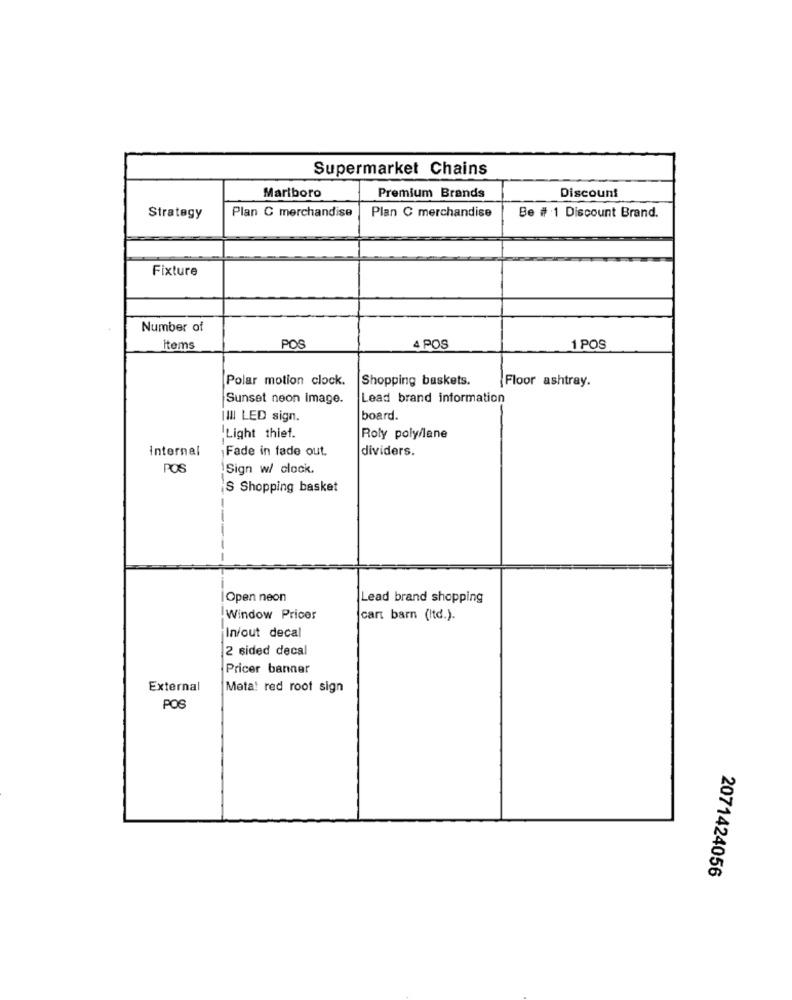
Supermarket Chains
Marlboro
Premium Brands
Discount
Plan C merchandise
Strategy
Plan C merchandise
Be # 1 Discount Brand.
Fixture
Number of
Items
POS
4 POS
1 POS
Polar motion clock.
Shopping baskets.
Floor ashtray.
Sunset neon Image.
Lead brand information
III LED sign.
board.
Light thiet.
Roly poly/lane
internal
Fade in fade out.
dividers.
POS
Sign w/ clock.
S Shopping basket
Open neon
Lead brand shopping
Window Prices
cant barn (Itd.).
In/out decal
2 sided decal
Pricer banner
External
Meta! red roof sign
POS
2071424056